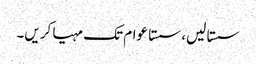
سستا لیں، سستا عوام تک مہیا کریں۔